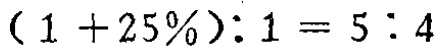
\((1 + 25\%) : 1 = 5 : 4\)